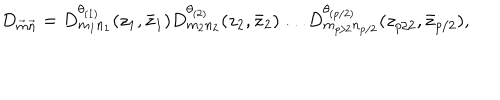
LaTeX: D _ { \vec { m } \vec { n } } = D _ { m _ { 1 } n _ { 1 } } ^ { \theta _ { ( 1 ) } } ( z _ { 1 } , \bar { z } _ { 1 } ) D _ { m _ { 2 } n _ { 2 } } ^ { \theta _ { ( 2 ) } } ( z _ { 2 } , \bar { z } _ { 2 } ) \dots D _ { m _ { p / 2 } n _ { p / 2 } } ^ { \theta _ { ( p / 2 ) } } ( z _ { p / 2 } , \bar { z } _ { p / 2 } ) ,